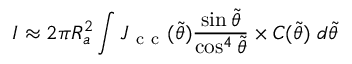
I \approx 2 \pi R _ { a } ^ { 2 } \int J _ { \mathrm { ~ c ~ c ~ } } ( \tilde { \theta } ) \frac { \sin \tilde { \theta } } { \cos ^ { 4 } \tilde { \theta } } \times { \cal C } ( \tilde { \theta } ) ~ d \tilde { \theta }